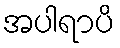
အပါရာပိ